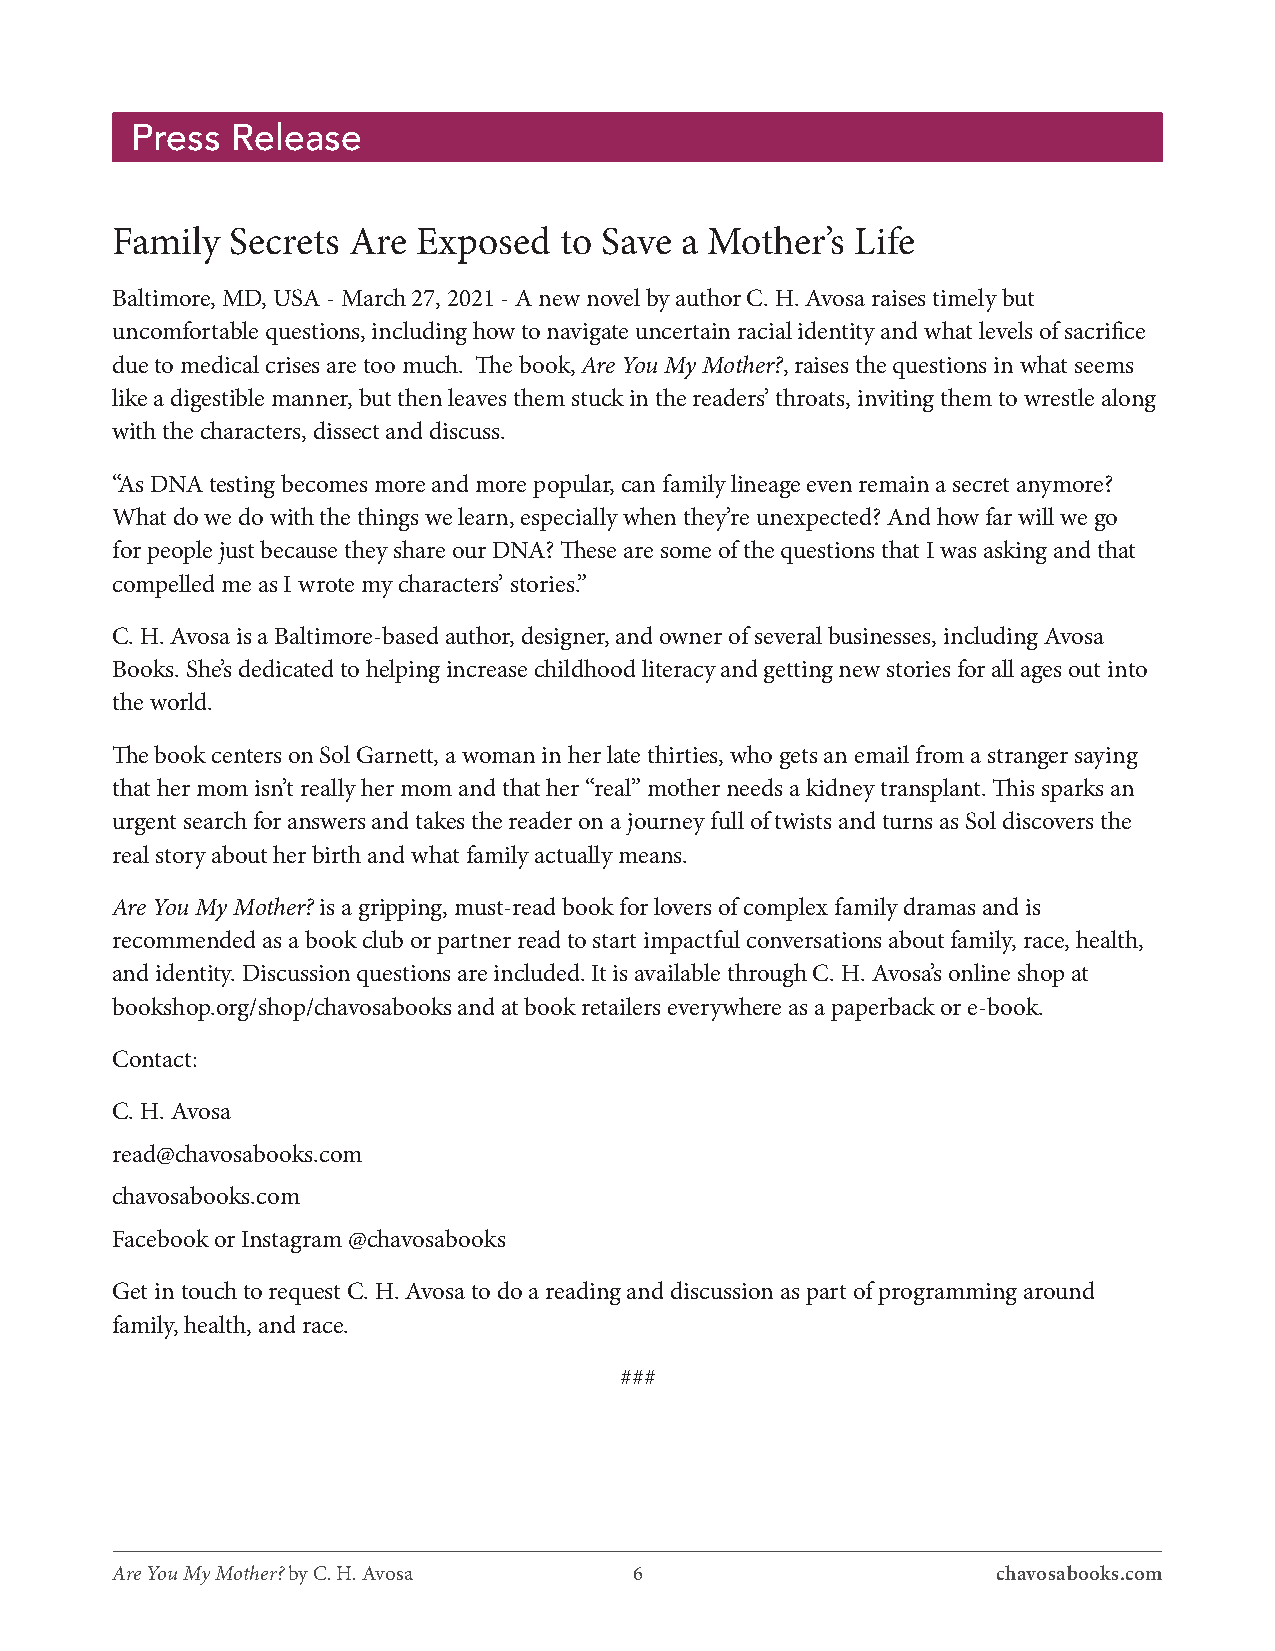
Press Release
 Family  Secrets Are  Exposed  to Save a Mother’s  Life
 Baltimore, MD, USA - March 27, 2021 - A new novel by author C. H. Avosa raises timely but
 uncomfortable questions, including how to navigate uncertain racial identity and what levels of sacrifice
 due to medical crises are too much. The book, Are You My Mother?, raises the questions in what seems
 like a digestible manner, but then leaves them stuck in the readers’ throats, inviting them to wrestle along
 with the characters, dissect and discuss.
 “As DNA testing becomes more and more popular, can family lineage even remain a secret anymore?
 What do we do with the things we learn, especially when they’re unexpected? And how far will we go
 for people just because they share our DNA? These are some of the questions that I was asking and that
 compelled me as I wrote my characters’ stories.”
 C. H. Avosa is a Baltimore-based author, designer, and owner of several businesses, including Avosa
 Books. She’s dedicated to helping increase childhood literacy and getting new stories for all ages out into
 the world.
 The book centers on Sol Garnett, a woman in her late thirties, who gets an email from a stranger saying
 that her mom isn’t really her mom and that her “real” mother needs a kidney transplant. This sparks an
 urgent search for answers and takes the reader on a journey full of twists and turns as Sol discovers the
 real story about her birth and what family actually means.
 Are You My Mother? is a gripping, must-read book for lovers of complex family dramas and is
 recommended as a book club or partner read to start impactful conversations about family, race, health,
 and identity. Discussion questions are included. It is available through C. H. Avosa’s online shop at
 bookshop.org/shop/chavosabooks and at book retailers everywhere as a paperback or e-book.
 Contact:
 C. H. Avosa
 read@chavosabooks.com
 chavosabooks.com
 Facebook or Instagram @chavosabooks
 Get in touch to request C. H. Avosa to do a reading and discussion as part of programming around
 family, health, and race.
 ###
 Are You My Mother? by C. H. Avosa  6                       chavosabooks.com